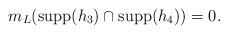
LaTeX: \begin{align*}m_L(\mbox{supp}(h_3)\cap \mbox{supp}(h_4))=0. \end{align*}